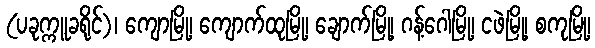
(ပခုက္ကူခရိုင်)၊ ကျောမြို့၊ ကျောက်ထုမြို့၊ ချောက်မြို့၊ ဂန့်ဂေါမြို့၊ ငဖဲမြို့၊ စကုမြို့၊